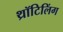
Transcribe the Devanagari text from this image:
थ्रॉटिलिंग